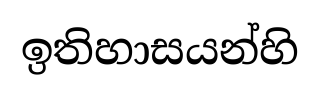
ඉතිහාසයන්හි